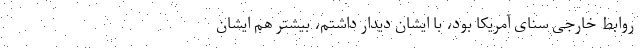
روابط خارجی سنای آمریکا بود، با ایشان دیدار داشتم، بیشتر هم ایشان